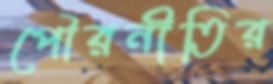
পৌরনীতির